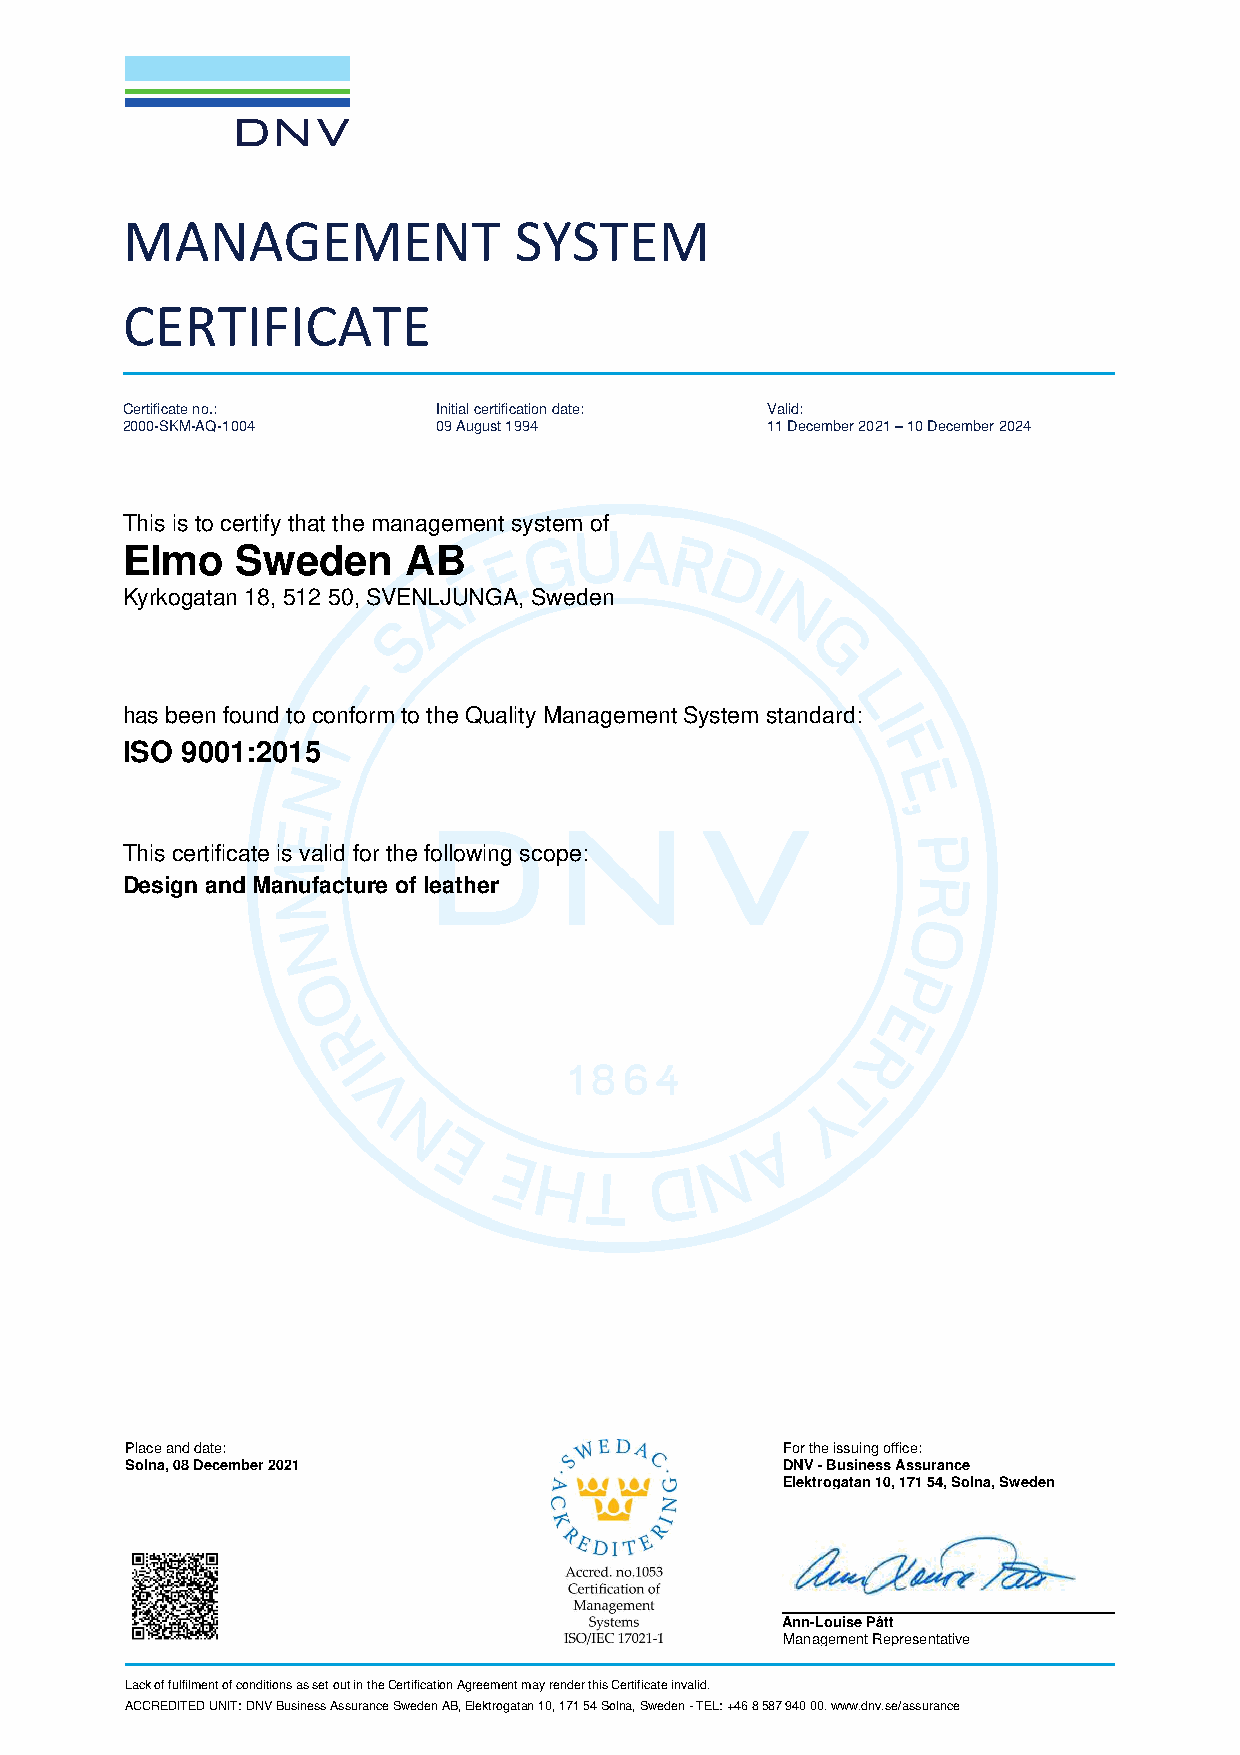
MANAGEMENT                SYSTEM
 CERTIFICATE
 Certificate no.:     Initial certification date: Valid:
 2000-SKM-AQ-1004     09 August 1994        11 December 2021 – 10 December 2024
 This is to certify that the management system of
 Elmo    Sweden     AB
 Kyrkogatan 18, 512 50, SVENLJUNGA, Sweden
 has been found to conform to the Quality Management System standard:
 ISO 9001:2015
 This certificate is valid for the following scope:
 Design and Manufacture of leather
 Place and date:                             For the issuing office:
 Solna, 08 December 2021                     DNV - Business Assurance
 Elektrogatan 10, 171 54, Solna, Sweden
 Ann-Louise Pått
 Management Representative
 Lack of fulfilment of conditions as set out in the Certification Agreement may render this Certificate invalid.
 ACCREDITED UNIT: DNV Business Assurance Sweden AB, Elektrogatan 10, 171 54 Solna, Sweden - TEL: +46 8 587 940 00. www.dnv.se/assurance